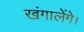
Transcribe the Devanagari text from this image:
खंगालेंगे।